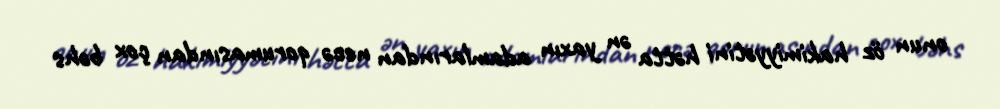
onun öz hakimiyyətini hətta ən yaxın adamlarından necə qorumasından çox bəhs